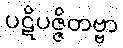
ပဋိပဇ္ဇိတဗ္ဗာ